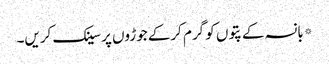
*بانسہ کے پتوں کو گرم کرکے جوڑوں پر سینک کریں۔